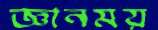
জ্ঞানময়